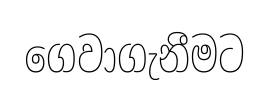
ගෙවාගැනීමට